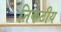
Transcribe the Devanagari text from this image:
निकटीय